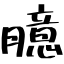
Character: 臆